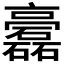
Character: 𥗧